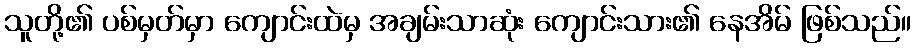
သူတို့၏ ပစ်မှတ်မှာ ကျောင်းထဲမှ အချမ်းသာဆုံး ကျောင်းသား၏ နေအိမ် ဖြစ်သည်။